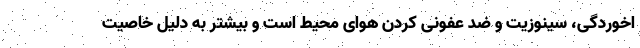
اخوردگی، سینوزیت و ضد عفونی کردن هوای محیط است و بیشتر به دلیل خاصیت